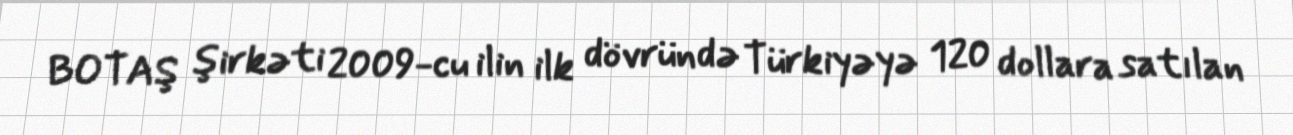
BOTAŞ şirkəti 2009-cu ilin ilk dövründə Türkiyəyə 120 dollara satılan